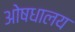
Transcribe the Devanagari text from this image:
ओषधालय